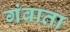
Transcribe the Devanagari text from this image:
गंवाता